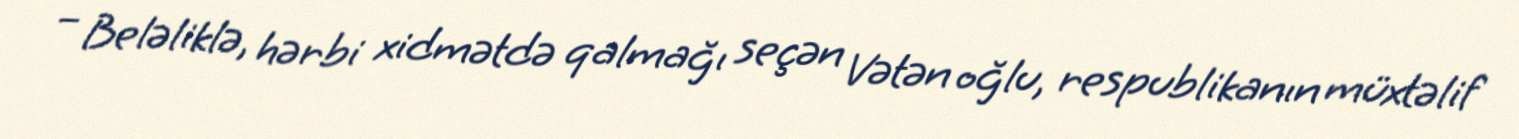
– Beləliklə, hərbi xidmətdə qalmağı seçən Vətən oğlu, respublikanın müxtəlif